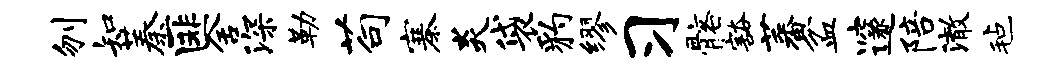
刎知蓁匪舍深勒苟寨炎袋豹缪习髂豁蕃盆邃陪澈毡